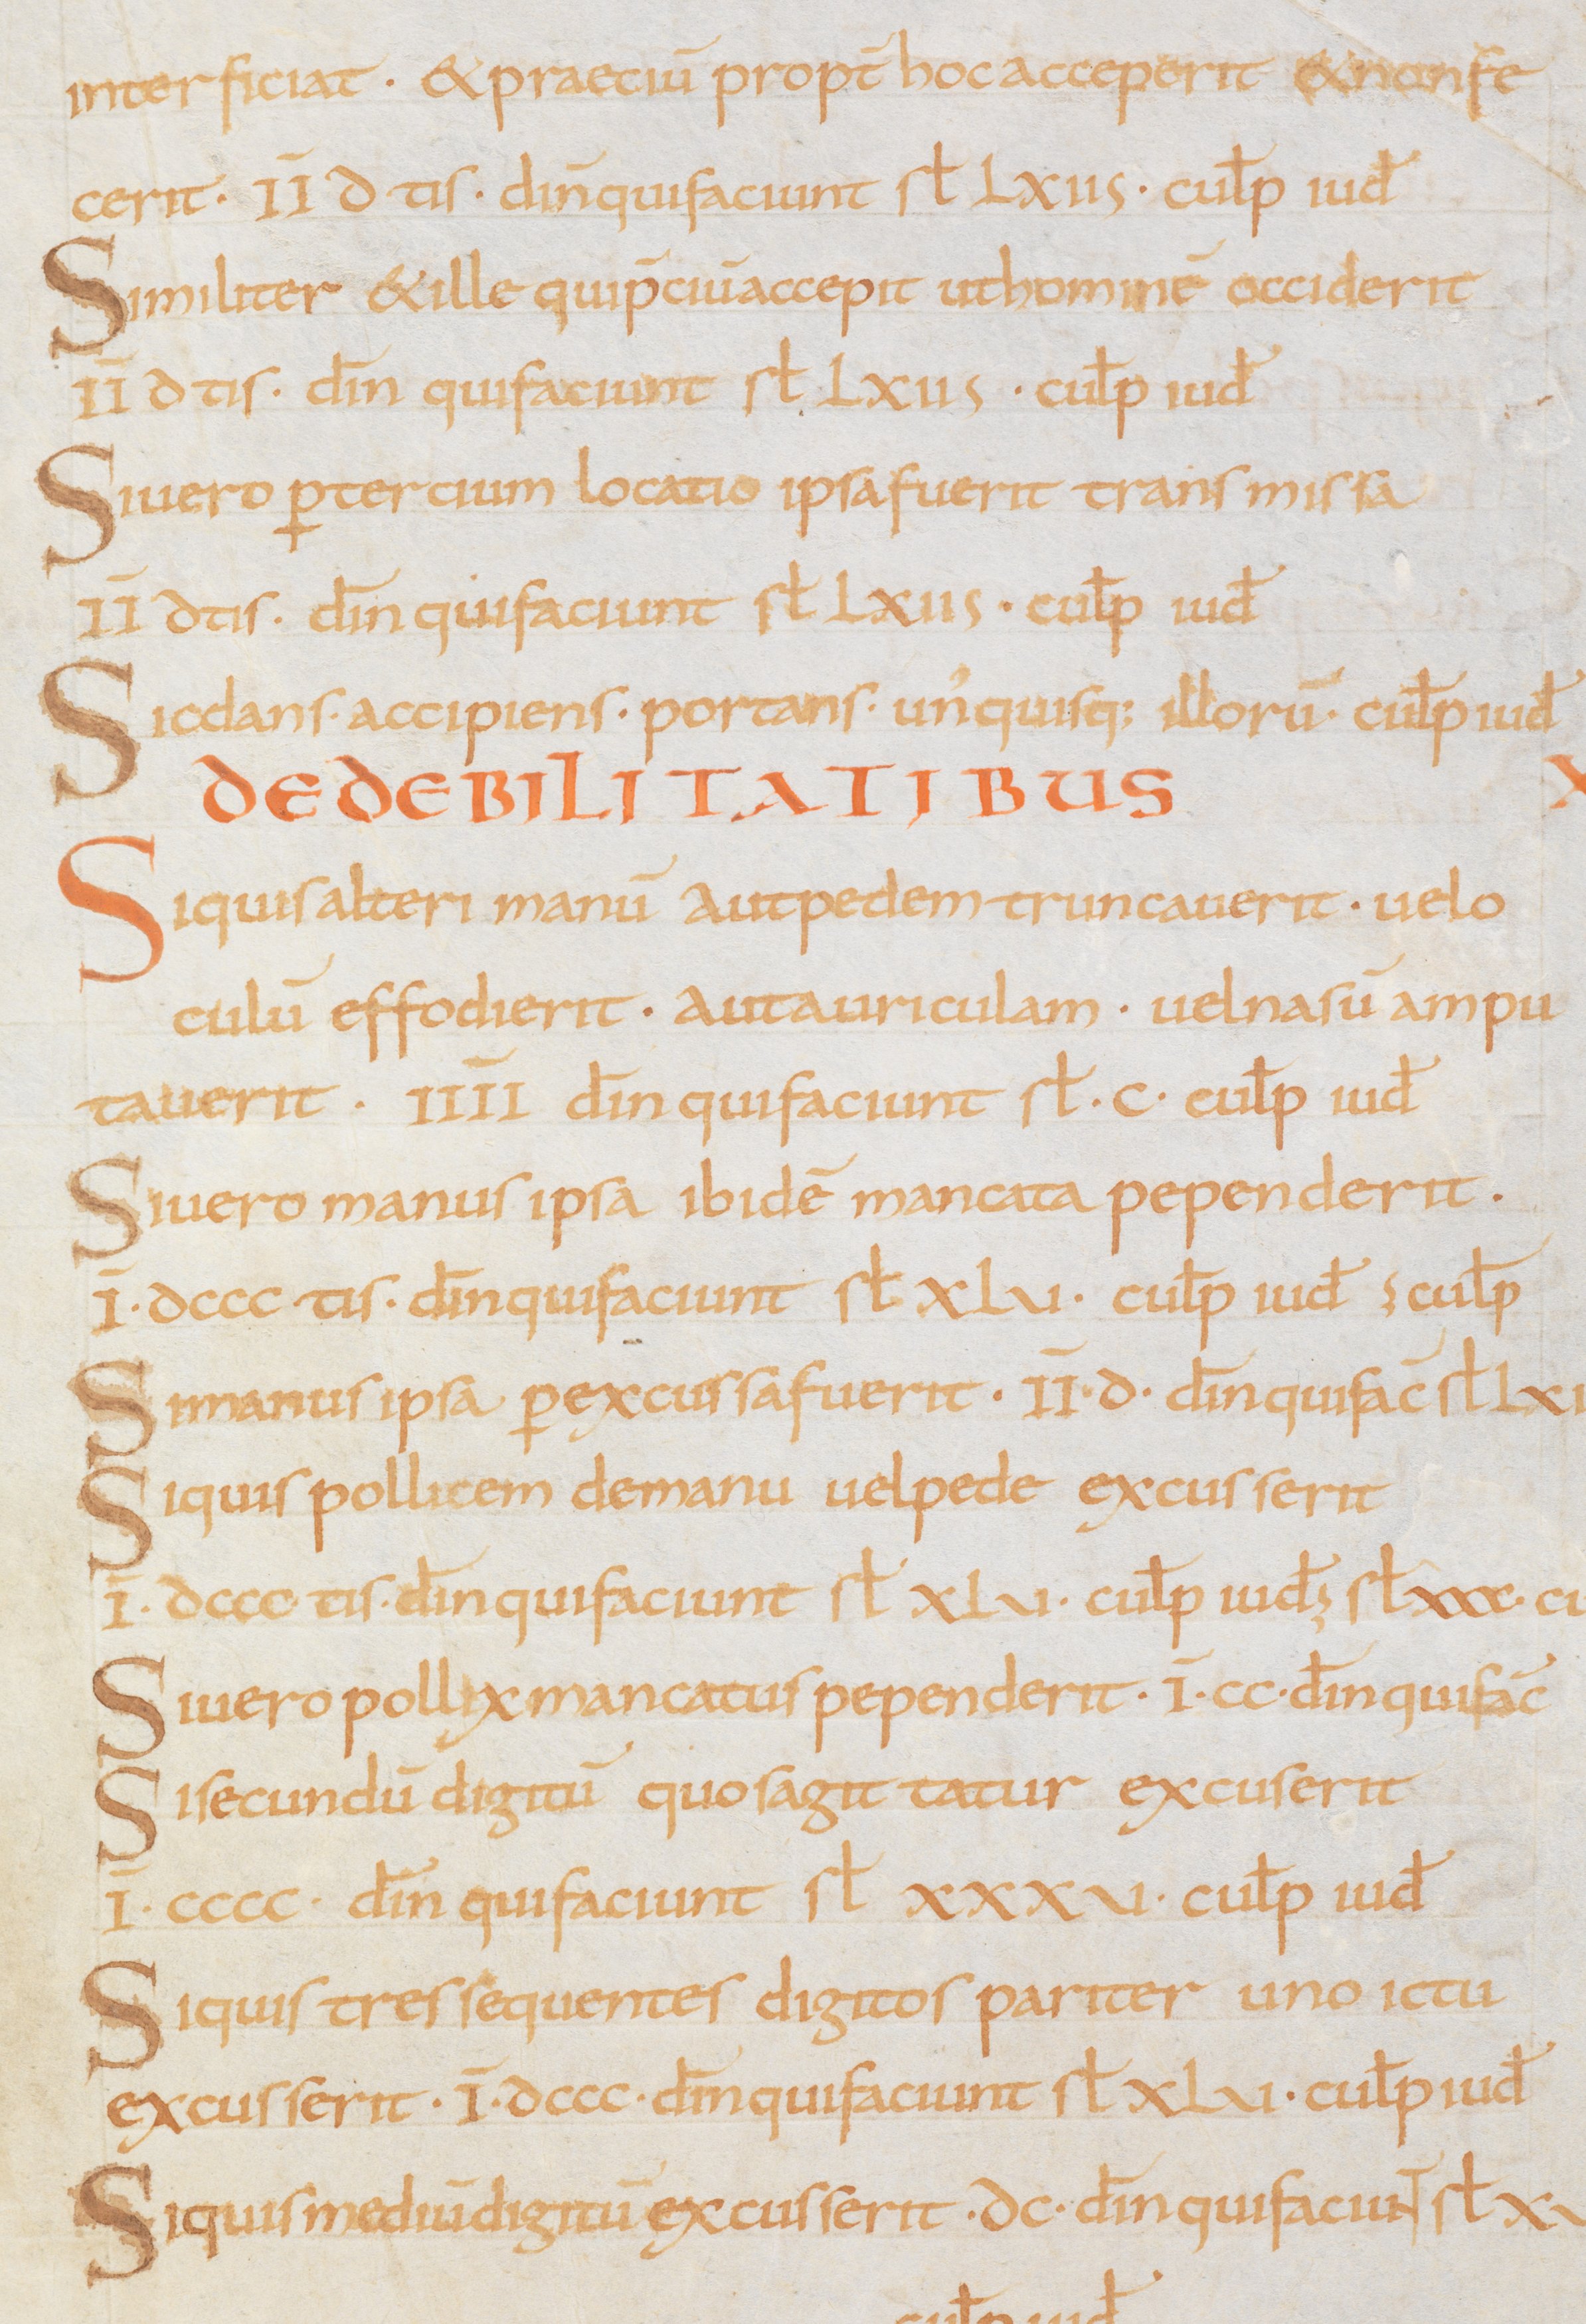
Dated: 875–899